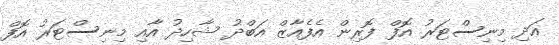
އަދި މިނިސްޓަރު އޮފް ފޮރިން އެފެއާޒް އަބްދު ޝާހިދު އާއި މިނިސްޓަރު އޮފް